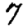
Digit: 7